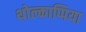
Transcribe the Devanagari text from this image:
थोल्काप्पिया